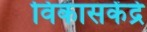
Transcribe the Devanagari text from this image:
विकासकेंद्रे